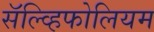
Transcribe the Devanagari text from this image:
सॅल्व्हिफोलियम